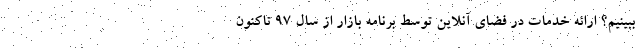
ببینیم؟ ارائه خدمات در فضای آنلاین توسط برنامه بازار از سال ۹۷ تاکنون